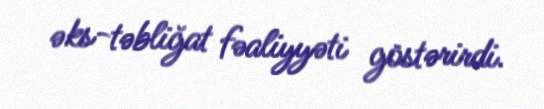
əks-təbliğat fəaliyyəti göstərirdi.